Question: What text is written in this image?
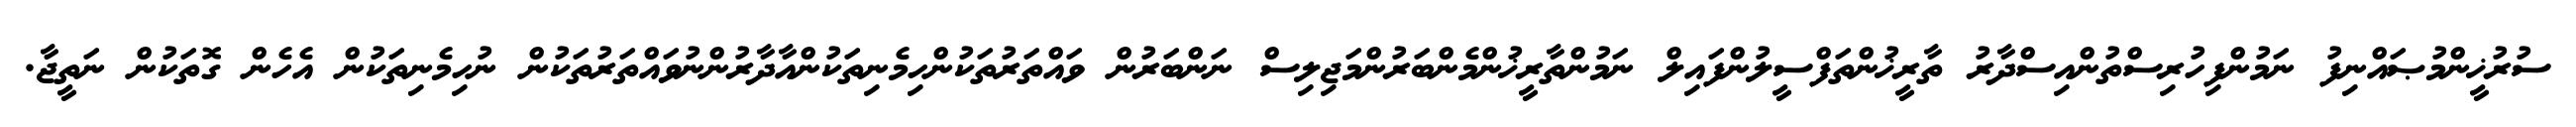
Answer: ސުރުޚީންމުޞައްނިފު ނަމުންފިހުރިސްތުންއިސްދާރު ތާރީޚުންތަފްސީލުންފައިލް ނަމުންތާރީޚުންމެންބަރުންމަޖިލިސް ނަންބަރުން ވައްތަރުތަކުންހިމެނިތަކުންއާދާރުންނުވައްތަރުތަކުން ނުހިމެނިތަކުން އެހެން ގޮތަކުން ނަތީޖާ.